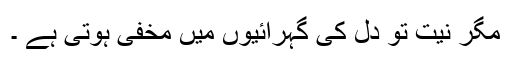
مگر نیت تو دل کی گہرائیوں میں مخفی ہوتی ہے ۔